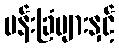
ပန်းခြံများနှင့်